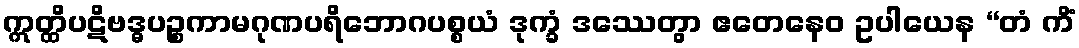
ဣတ္ထိပဋိဗဒ္ဓပဉ္စကာမဂုဏပရိဘောဂပစ္စယံ ဒုက္ခံ ဒဿေတွာ ဧတေနေဝ ဥပါယေန “တံ ကိံ